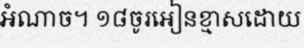
អំណាច។ ១៨ចូរអៀនខ្មាសដោយ